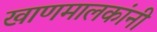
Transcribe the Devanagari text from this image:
खाणमालकांनी